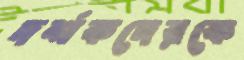
দর্শকদেরকে